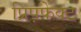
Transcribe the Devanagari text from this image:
प्रिप़फेक्ट